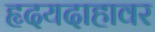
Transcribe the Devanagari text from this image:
हृदयदाहावर